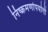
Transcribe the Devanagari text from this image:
निष्क्रमणोपयोगी